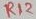
Text: R12